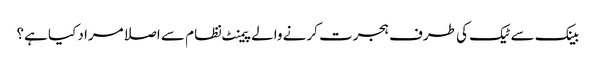
بینک سے ٹیک کی طرف ہجرت کرنے والے پیمنٹ نظام سے اصلا مراد کیا ہے؟